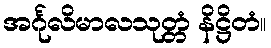
အင်္ဂုလိမာလသုတ္တံ နိဋ္ဌိတံ။